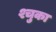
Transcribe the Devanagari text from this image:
श्चुका